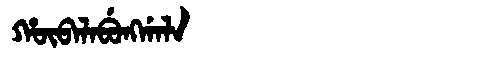
Manchu: ᡥᡡᠪᠠᠯᠠᠪᡠᠩᡤᠠᠯᠠ
Romanization: HŪBALABUNGGALA